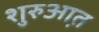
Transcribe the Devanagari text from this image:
शुरुआ़त